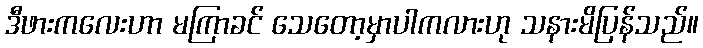
ဒီဖားကလေးဟာ မကြာခင် သေတော့မှာပါကလားဟု သနားမိပြန်သည်။